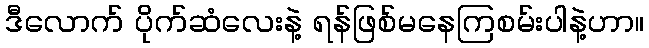
ဒီလောက် ပိုက်ဆံလေးနဲ့ ရန်ဖြစ်မနေကြစမ်းပါနဲ့ဟာ။